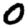
Digit: 0